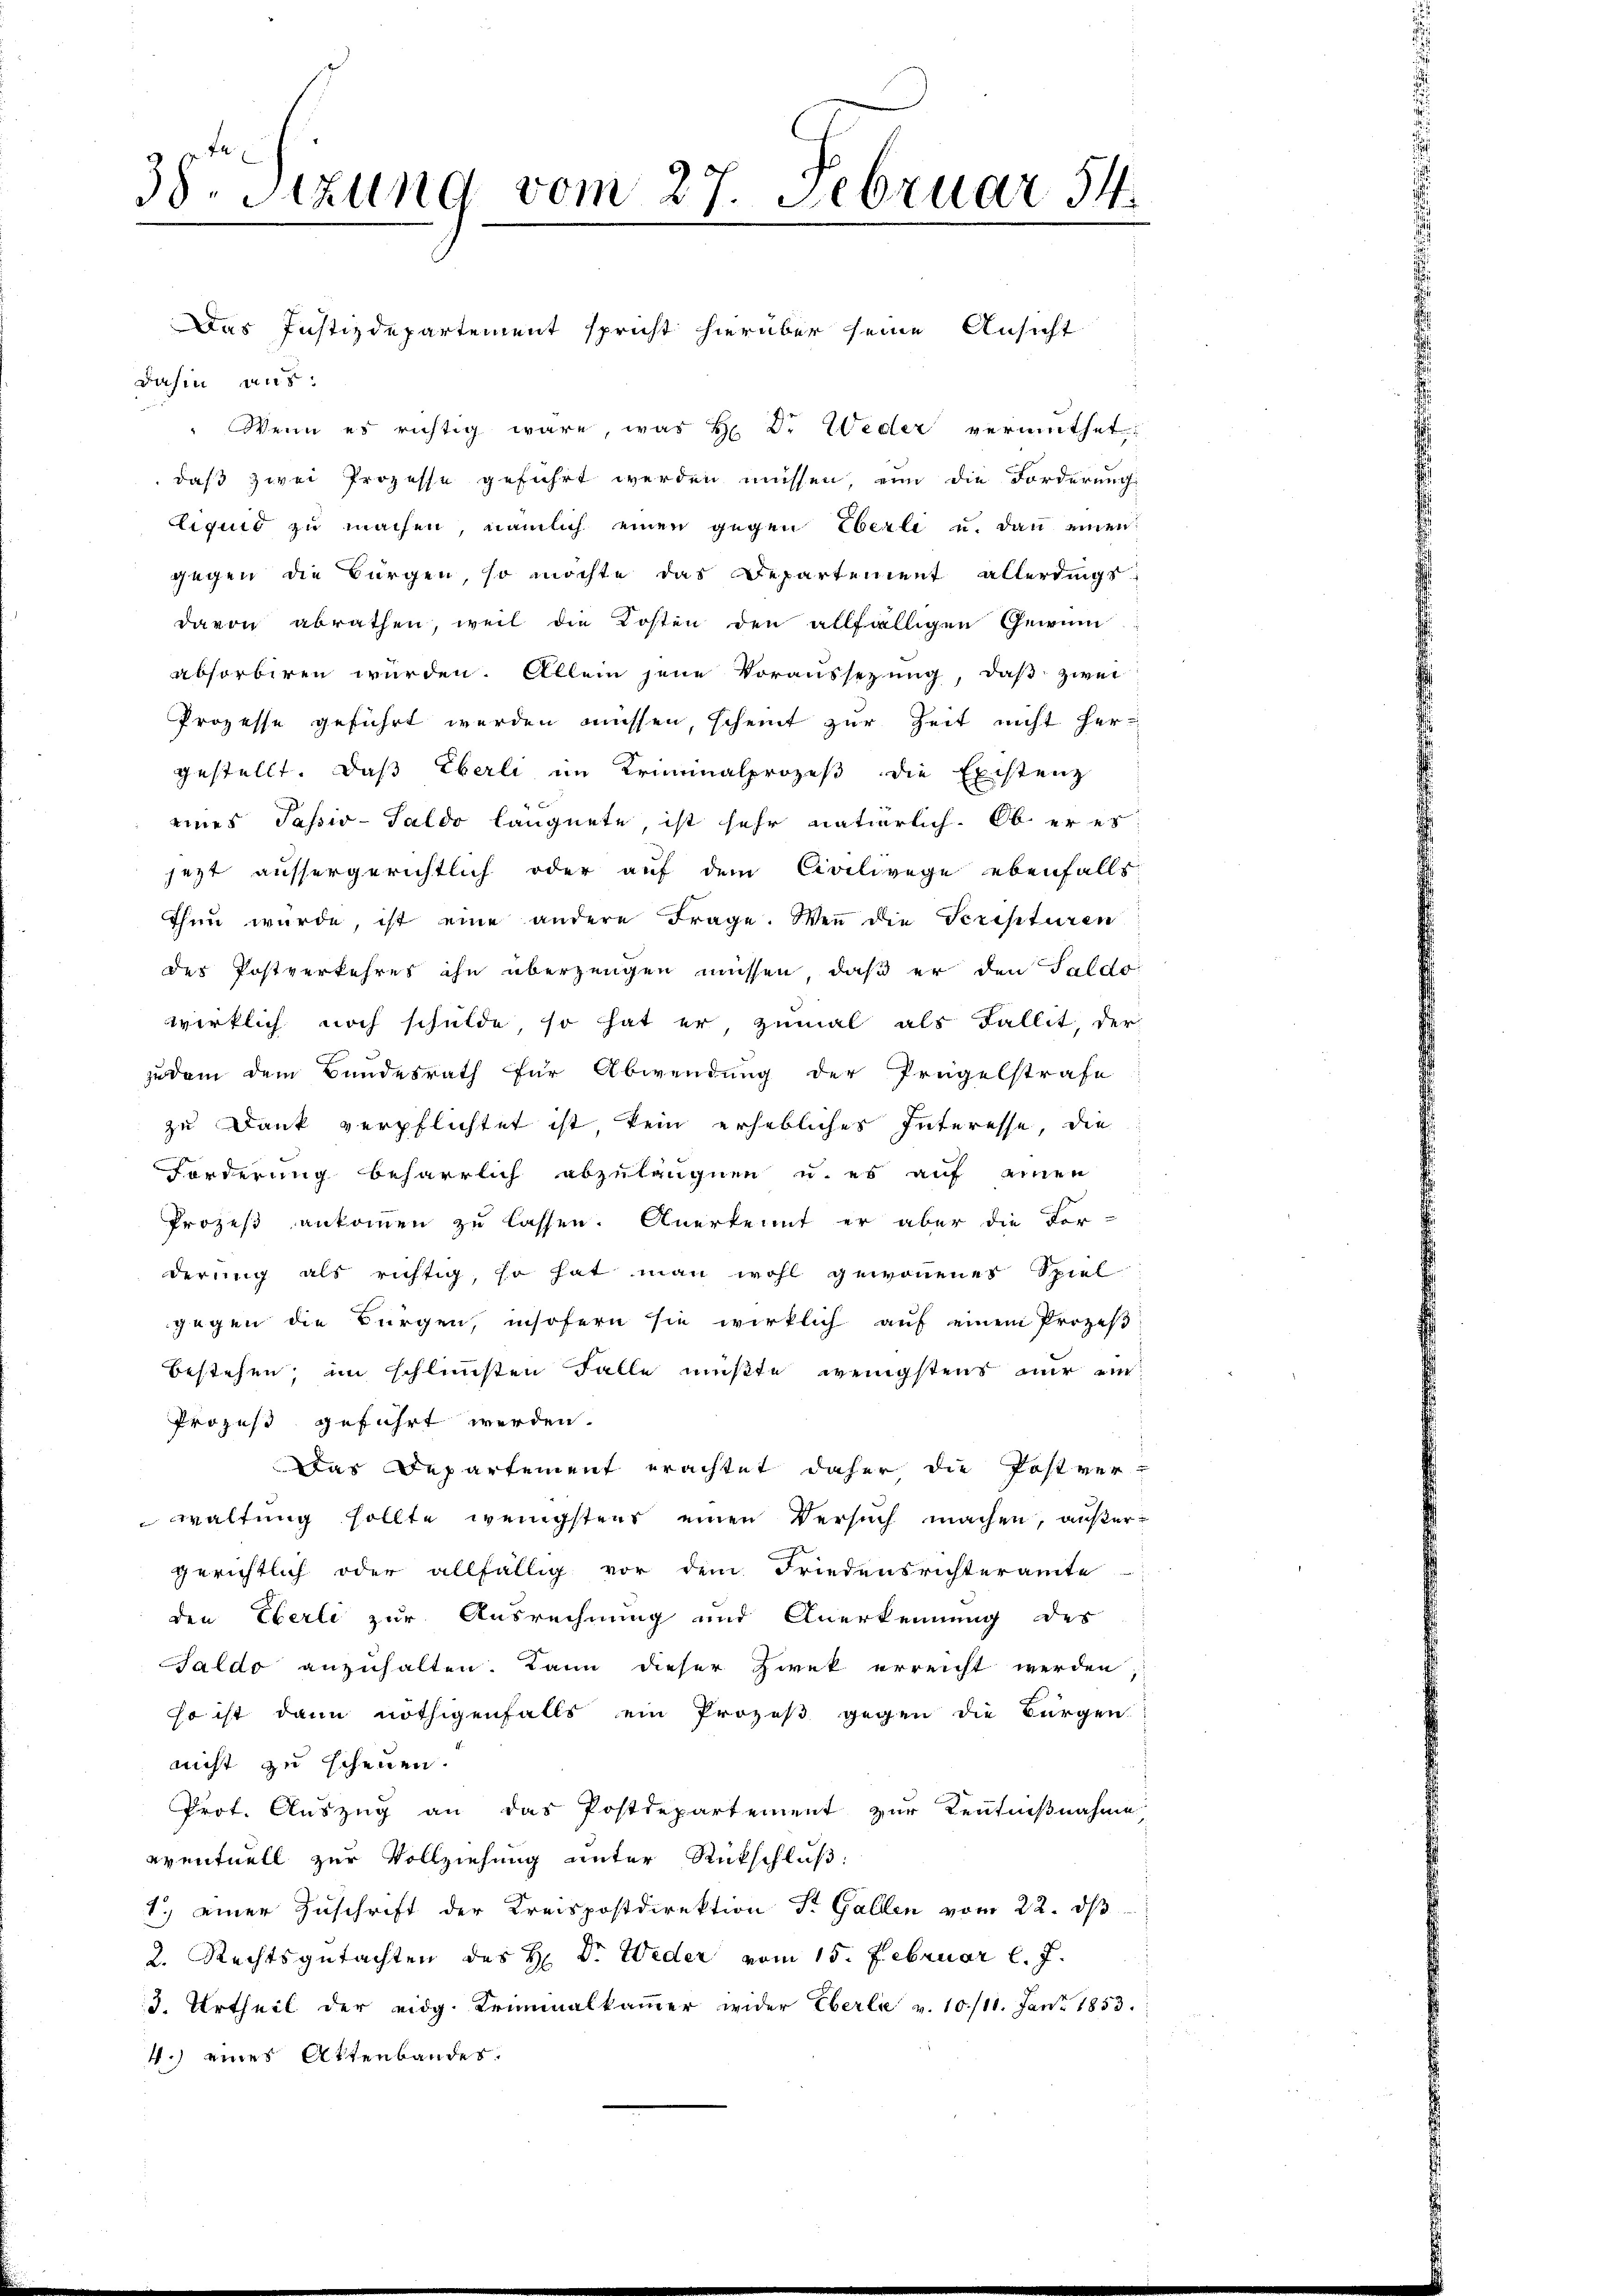
38. Sitzung vom 27. Februar 54.

dahin aus:
" Wenn es richtig wäre, was H. D. Weder vermuthet
daß zwei Prozesse geführt werden müssen, ein die Forderung
Liquid zu machen nämlich einen gegen Eberle u. dann einen
gegen die Bürgen, so möchte das Departement allerdings
davon abrathen, weil die Kosten den allfälligen Gewinn
absorbiren würden. Allein jene Voraussezung, daß zwei
Prozesse geführt werden müssen, scheint zur Zeit nicht her-
gestellt. Das Eberli im Kriminalprozeß die Existenz
eines Passiv-Saldo läugnete, ist sehr natierlich. Ob er es
jezt aussergerichtlich oder auf dem Civilivege ebenfalls
then würde, ist eine andere Frage. Weṅ die Scripturen
des Postverkehres ihn überzeugen müssen, daß er den Saldo
wirklich noch schulde, so hat er zumal als Fallit, der
zudem dem Bundesrath für Abwendung der Prügelstrafe
zu Dank verpflichtet ist, kein erhebliches Interesse, die
Forderung beharrlich abzuläugnen u. es auf einen
Prozeß ankommen zu lassen. Anerkennt er aber die For-
derung als richtig, so hat man wohl gewonnenes Spiel
gegen die Bürgen, insofern sie wirklich aŭf einem Prozeβ
bestehen, im schlimmsten Falle mußte, wenigstens nur ein
Prozeß geführt werden.
Das Departement erachtet daher die Postver-
waltung sollte wenigstens einen Versuch machen, außergerichtlich oder allfällig vor dem Friedensrichteramte
den Eberli zur Ausrechnung und Anerkennung des
Saldo anzuhalten. Dann dieser Zwek erreicht werden,
so ist dann nöthigenfalls ein Prozeß gegen die Bürgen.
nicht zu scheuen.
Prof. Auszug an das Postdepartement zur Kenntnißnahme
eventuell zur Vollziehung unter Rückschluß
1.) einer Zuschrift der Kreispostdirektion St. Gallen vom 22. ds
2. Rechtsgutachten des H: Dr. Weder vom 15. Februar l. J.
3. Urtheil der eidg. Kriminalkammer wider Eberlie v. 10/11. Jan. 1853.
4.) eines Attenbandes.

Das Justizdepartement spricht hierüber seine Ansicht